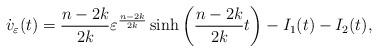
LaTeX: \begin{align*} \dot{v}_\varepsilon(t)=\frac{n-2k}{2k} \varepsilon^{\frac{n-2k}{2k}}\sinh\left(\frac{n-2k}{2k}t \right)-I_1(t)-I_2(t),\end{align*}